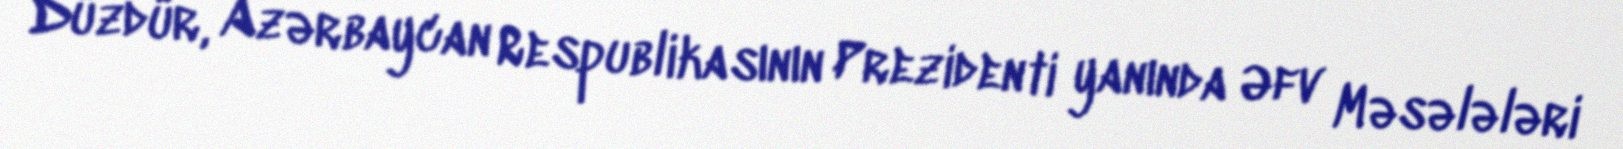
Düzdür, Azərbaycan Respublikasının Prezidenti yanında Əfv Məsələləri